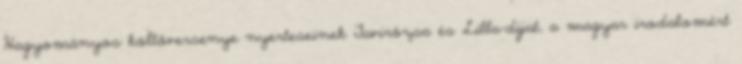
Hagyományos költőversenye nyerteseinek Tavirózsa és Lilla-díjat, a magyar irodalomért